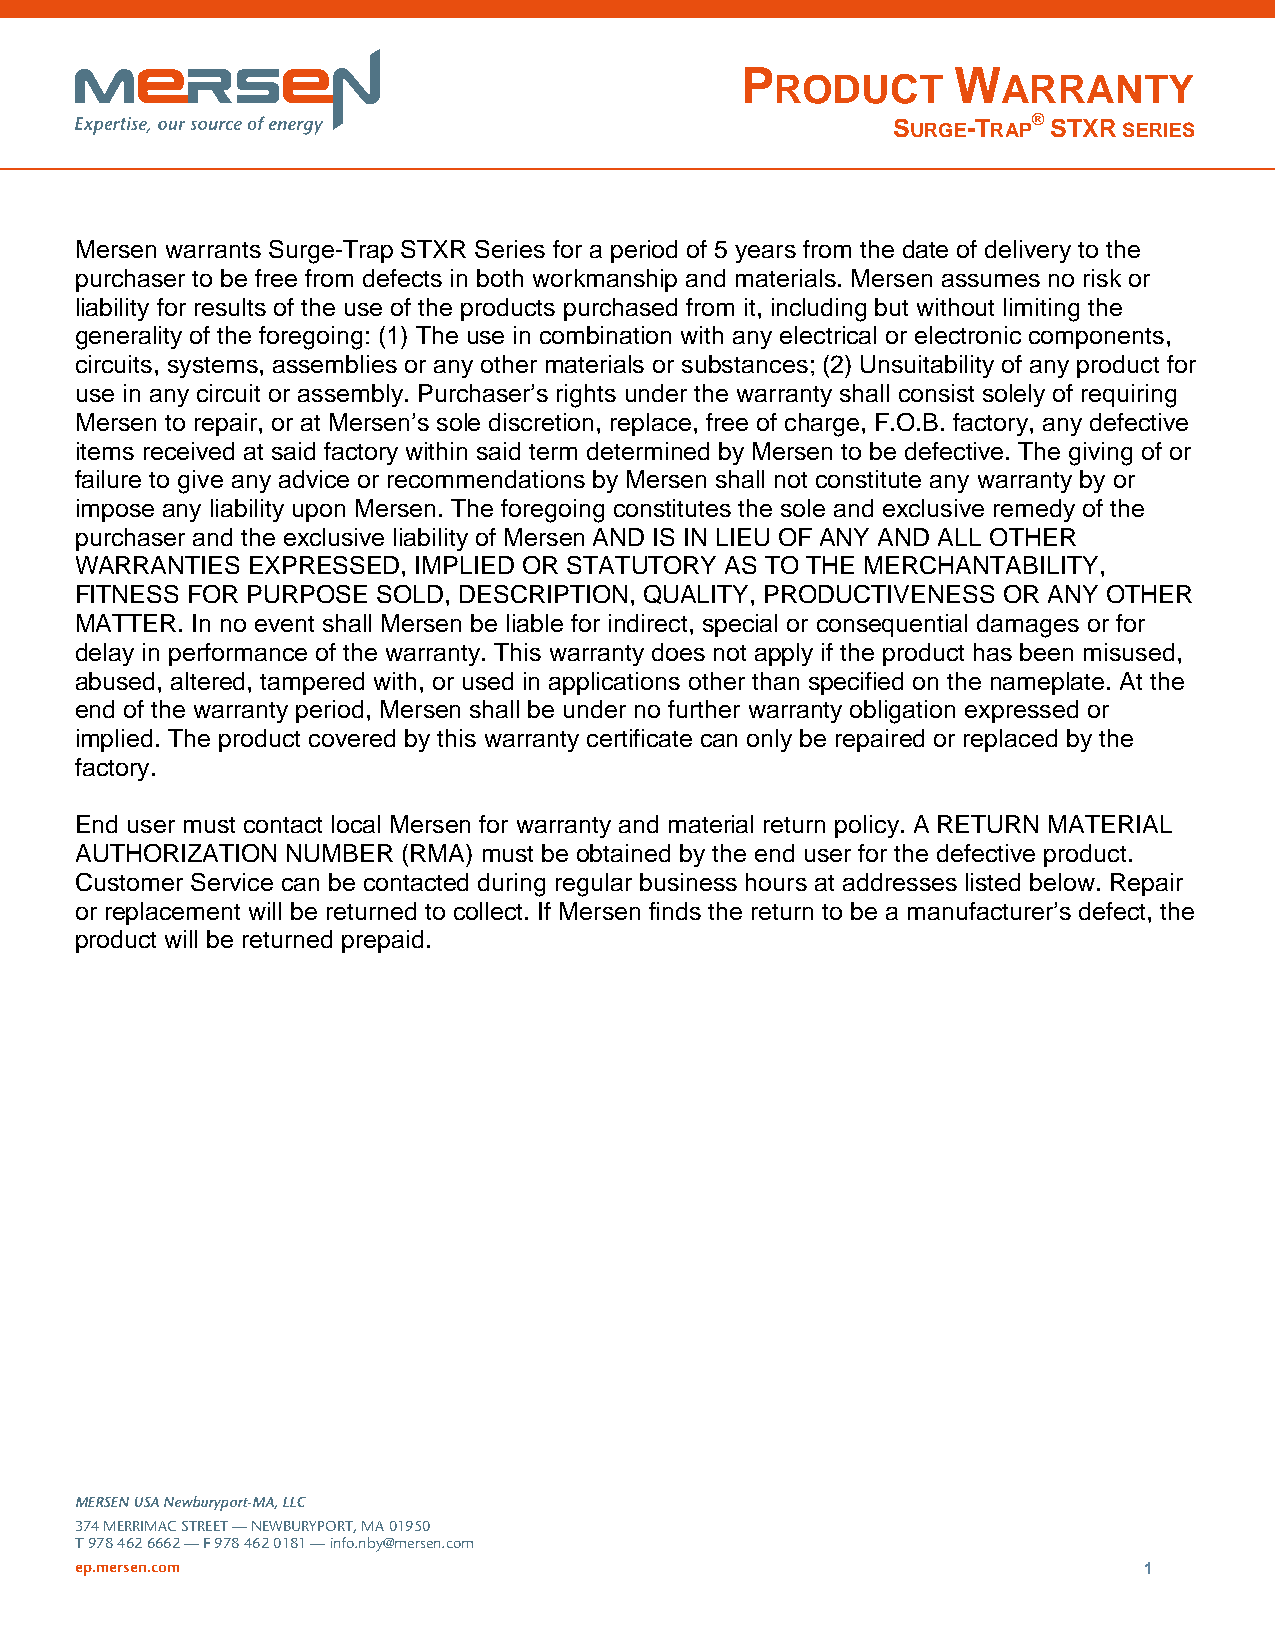
P             W
 RODUCT         ARRANTY
 SURGE-TRAP® STXR SERIES
 Mersen warrants Surge-Trap STXR Series for a period of 5 years from the date of delivery to the
 purchaser to be free from defects in both workmanship and materials. Mersen assumes no risk or
 liability for results of the use of the products purchased from it, including but without limiting the
 generality of the foregoing: (1) The use in combination with any electrical or electronic components,
 circuits, systems, assemblies or any other materials or substances; (2) Unsuitability of any product for
 use in any circuit or assembly. Purchaser’s rights under the warranty shall consist solely of requiring
 Mersen to repair, or at Mersen’s sole discretion, replace, free of charge, F.O.B. factory, any defective
 items received at said factory within said term determined by Mersen to be defective. The giving of or
 failure to give any advice or recommendations by Mersen shall not constitute any warranty by or
 impose any liability upon Mersen. The foregoing constitutes the sole and exclusive remedy of the
 purchaser and the exclusive liability of Mersen AND IS IN LIEU OF ANY AND ALL OTHER
 WARRANTIES EXPRESSED, IMPLIED OR STATUTORY AS TO THE MERCHANTABILITY,
 FITNESS FOR PURPOSE SOLD, DESCRIPTION, QUALITY, PRODUCTIVENESS OR ANY OTHER
 MATTER. In no event shall Mersen be liable for indirect, special or consequential damages or for
 delay in performance of the warranty. This warranty does not apply if the product has been misused,
 abused, altered, tampered with, or used in applications other than specified on the nameplate. At the
 end of the warranty period, Mersen shall be under no further warranty obligation expressed or
 implied. The product covered by this warranty certificate can only be repaired or replaced by the
 factory.
 End user must contact local Mersen for warranty and material return policy. A RETURN MATERIAL
 AUTHORIZATION NUMBER  (RMA) must be obtained by the end user for the defective product.
 Customer Service can be contacted during regular business hours at addresses listed below. Repair
 or replacement will be returned to collect. If Mersen finds the return to be a manufacturer’s defect, the
 product will be returned prepaid.
 MERSEN USA Newburyport-MA, LLC
 374 MERRIMAC STREET — NEWBURYPORT, MA 01950
 T 978 462 6662 — F 978 462 0181 — info.nby@mersen.com
 ep.mersen.com                                                          1